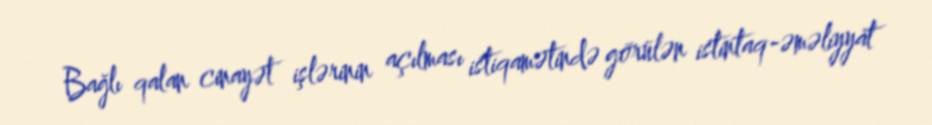
Bağlı qalan cinayət işlərinin açılması istiqamətində görülən istintaq-əməliyyat